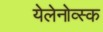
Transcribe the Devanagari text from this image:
येलेनोव्स्क